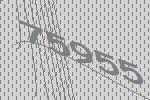
75955